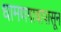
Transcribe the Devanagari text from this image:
धामणगावापासून